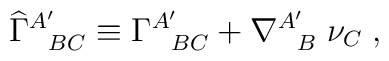
{\widehat \Gamma}_{\; \; \; BC}^{A'} \equiv \Gamma_{\; \; \; BC}^{A'}+\nabla_{\; \; \; B}^{A'} \; \nu_{C} \; ,